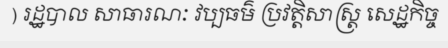
) រដ្ឋបាល សាធារណៈ វប្បធម៌ ប្រវត្តិសាស្ត្រ សេដ្ឋកិច្ច